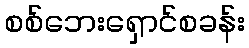
စစ်ဘေးရှောင်စခန်း